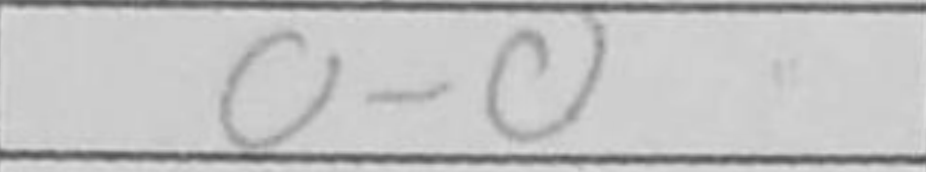
Transcription: O-O